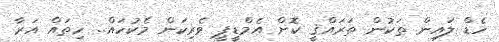
ހެޑް ލައިން ތަކުން ތަރައްޤީ ކޮށް އެމްޑީޕީ ވެރިކަން މެކުހައް.. ހިތައް އަރާ